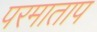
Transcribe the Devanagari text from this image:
परमाताप